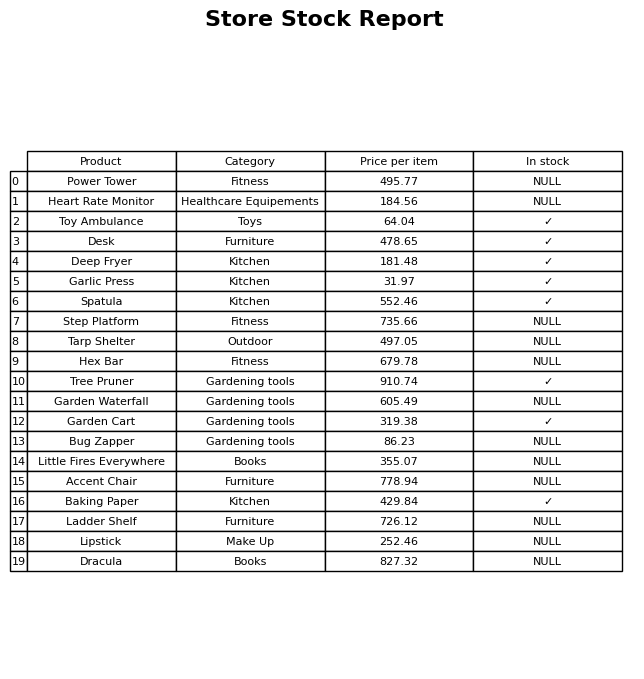
question: What is the price of the Garden Cart?
answer: The price of Garden Cart is 319.38.